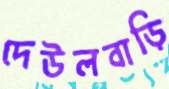
দেউলবাড়ি